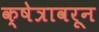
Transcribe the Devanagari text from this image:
क्षेत्रावरून